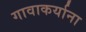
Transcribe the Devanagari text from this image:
गावाकर्याना